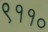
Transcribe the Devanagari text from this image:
९११०